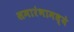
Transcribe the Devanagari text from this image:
समारंभामध्ये